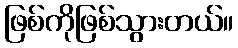
ဖြစ်ကိုဖြစ်သွားတယ်။